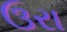
ઉરા